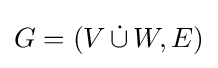
G=(V\,{\dot {\cup }}\,W,E)